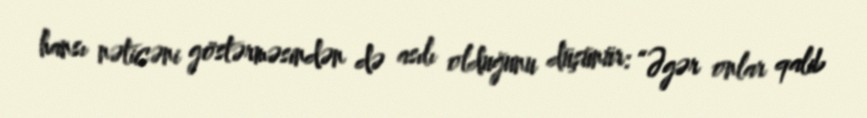
hansı nəticəni göstərməsindən də asılı olduğunu düşünür: “Əgər onlar qalib